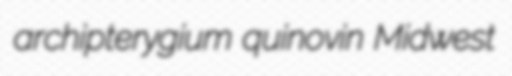
archipterygium quinovin Midwest